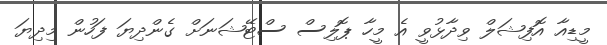
މީޑިއާ އޮފިޝަލް ވިދާޅުވީ އެ މީހާ ޕޮލިސް ސްޓޭޝަނަށް ގެންދިޔަ ފަހުން މިދިޔަ